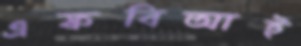
এফবিআই